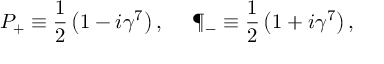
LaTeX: P _ { + } \equiv { \frac { 1 } { 2 } } \left( 1 - i \gamma ^ { 7 } \right) , \ \ \ \ \P _ { - } \equiv { \frac { 1 } { 2 } } \left( 1 + i \gamma ^ { 7 } \right) ,